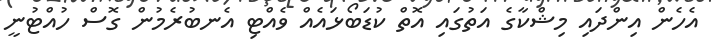
އެހެން އިންދައި މިޝްކާގެ އަތުގައި އޮތް ކުޑަބޯޅައެއް ވެއްޓި އެނބުރެމުން ގޮސް ހުއްޓުނީ